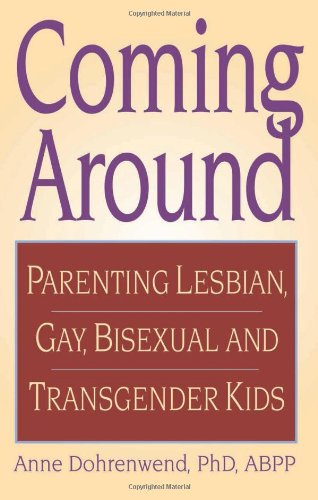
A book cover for Coming Around: Parenting Lesbian, Gay, Bisexual, and Transgender Kids; Anne Dohrenwend; Gay & Lesbian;